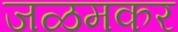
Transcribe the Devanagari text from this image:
जळमकर